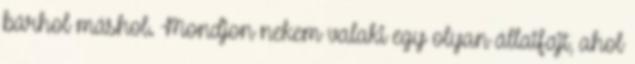
bárhol máshol. Mondjon nekem valaki egy olyan állatfajt, ahol